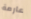
عارمة